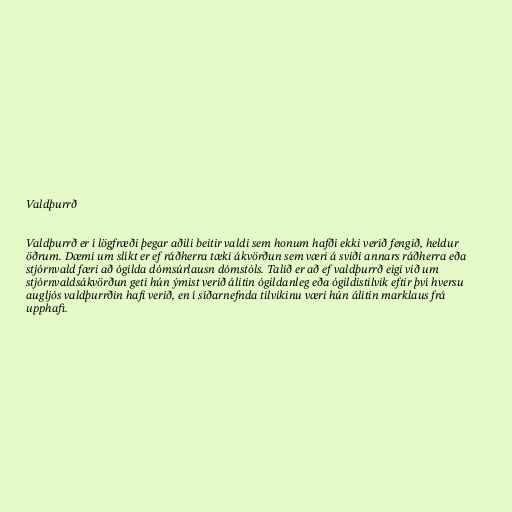
Valdþurrð

Valdþurrð er í lögfræði þegar aðili beitir valdi sem honum hafði ekki verið fengið, heldur
öðrum. Dæmi um slíkt er ef ráðherra tæki ákvörðun sem væri á sviði annars ráðherra eða
stjórnvald færi að ógilda dómsúrlausn dómstóls. Talið er að ef valdþurrð eigi við um
stjórnvaldsákvörðun geti hún ýmist verið álitin ógildanleg eða ógildistilvik eftir því hversu
augljós valdþurrðin hafi verið, en í síðarnefnda tilvikinu væri hún álitin marklaus frá
upphafi.